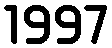
1997